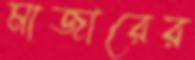
মাজারের